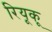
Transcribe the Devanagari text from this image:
रियूकू